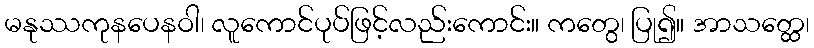
မနုဿကုနပေနဝါ၊ လူကောင်ပုပ်ဖြင့်လည်းကောင်း။ ကတွေ၊ ပြု၍။ အာသတ္ထေ၊